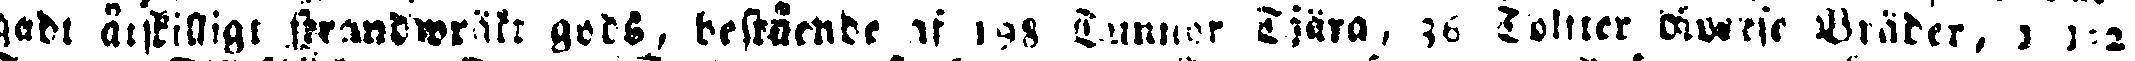
gadt åtskilligt strandwräkt gods, bestående af 198 Tunnor Tjära, 36 Tolfter #### Bräder, 1 1:2